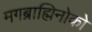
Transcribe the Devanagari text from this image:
मगब्राह्मिनोको